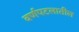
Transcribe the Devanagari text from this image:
वर्णपटलातील